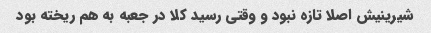
شیرینیش اصلا تازه نبود و وقتی رسید کلا در جعبه به هم ریخته بود